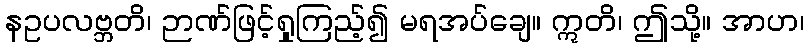
နဥပလဗ္ဘတိ၊ ဉာဏ်ဖြင့်ရှုကြည့်၍ မရအပ်ချေ။ ဣတိ၊ ဤသို့။ အာဟ၊